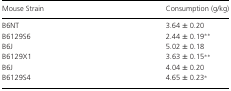
<table><thead><tr><td><b>Mouse Strain</b></td><td><b>Consumption (g/kg)</b></td></tr></thead><tbody><tr><td>B6NT</td><td>3.64 ± 0.20</td></tr><tr><td>B6129S6</td><td>2.44 ± 0.19**</td></tr><tr><td>B6J</td><td>5.02 ± 0.18</td></tr><tr><td>B6129X1</td><td>3.63 ± 0.15**</td></tr><tr><td>B6J</td><td>4.04 ± 0.20</td></tr><tr><td>B6129S4</td><td>4.65 ± 0.23*</td></tr></tbody></table>